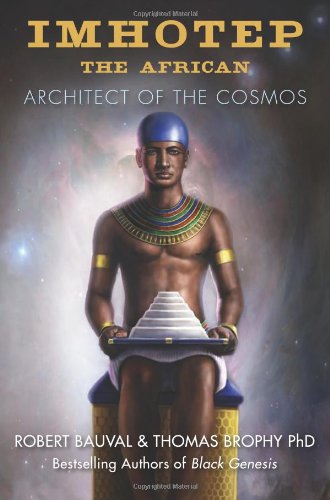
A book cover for Imhotep the African: Architect of the Cosmos; Robert Bauval; History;